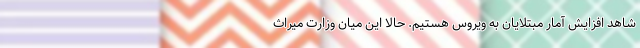
شاهد افزایش آمار مبتلایان به ویروس هستیم. حالا این میان وزارت میراث